Source: Handwritten
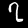
Digit: ၇ (7)